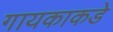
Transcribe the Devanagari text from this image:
गायकाकडे